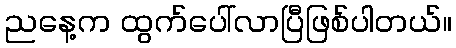
ညနေ့က ထွက်ပေါ်လာပြီဖြစ်ပါတယ်။